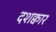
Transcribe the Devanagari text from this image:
दशक्वार